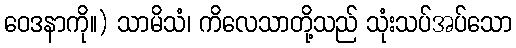
ဝေဒနာကို။) သာမိသံ၊ ကိလေသာတို့သည် သုံးသပ်အပ်သော